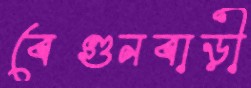
বেগুনবাড়ী